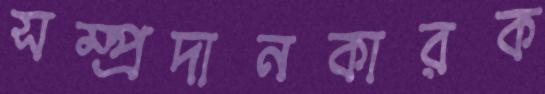
সম্প্রদানকারক